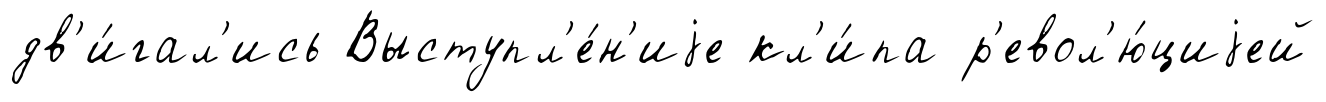
дв'и́гал'ись Выступл'е́н'иjе кл'и́па р'евол'ю́циjей